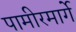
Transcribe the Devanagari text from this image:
पामीरमार्गे